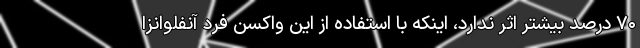
۷۰ درصد بیشتر اثر ندارد، اینکه با استفاده از این واکسن فرد آنفلوانزا